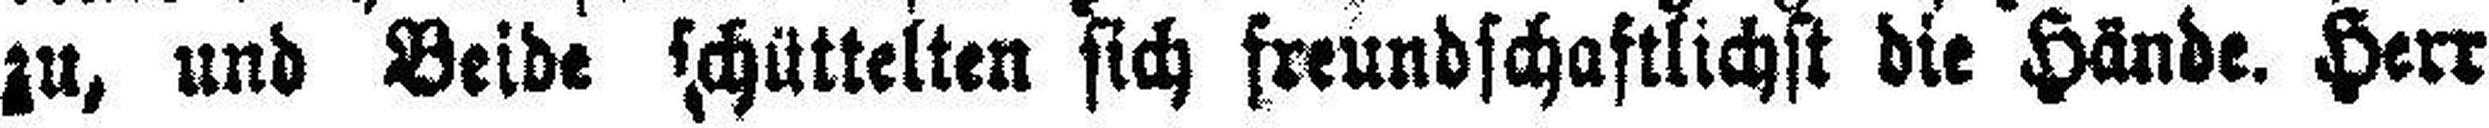
zu, und Beide schüttelten sich freundschaftlichst die Hände. Herr